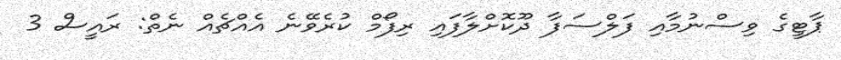
ޕާޓީގެ ވިސްނުމާއި ފަލްސަފާ ދޫކޮށްލާފައި ރިފޯމް ކުރެވޭނެ އެއްޗެއް ނެތް: ރައީސް 3